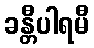
ခန္တီပါရမီ